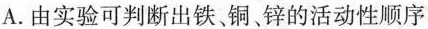
A.由实验可判断出铁，铜、锌的活动性顺序